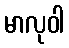
မာလုဝါ